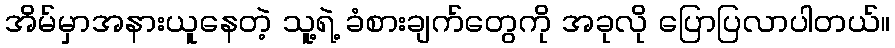
အိမ်မှာအနားယူနေတဲ့ သူ့ရဲ့ ခံစားချက်တွေကို အခုလို ပြောပြလာပါတယ်။